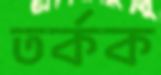
তর্কক